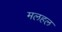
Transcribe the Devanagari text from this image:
मलहल